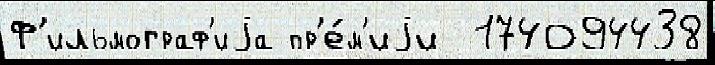
Ф'ильмограф'иjа пр'е́м'иjи  174094438